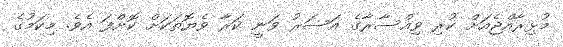
މުޅިރާއްޖެއަށް ކުރި ވިއްސާރާގެ އަސަރު ވަނީ ކަރާ ވެޔޮތަކަށް ކޮށްފަ އެވެ. މިކަމުގެ